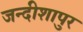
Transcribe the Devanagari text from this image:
जन्दीशापुर